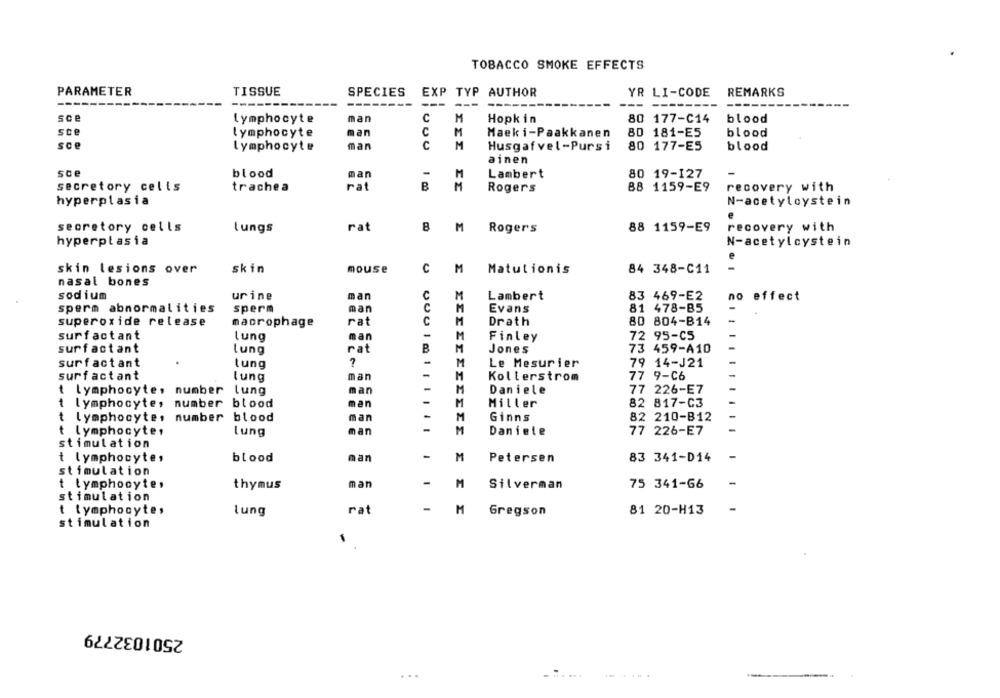
TOBACCO SMOKE EFFECTS
PARAMETER
TISSUE
SPECIES
EXP TYP AUTHOR
YR LI-CODE
REMARKS
-------
---
-- -------
---
sce
man
C
M
Hopkin
80 177-C14
blood
lymphocyte
ste
man
C
M
Maeki-Paakkanen
80 181-E5
blood
lymphocyte
sce
lymphocyte
man
C
M
Husgafvel-Pursi
80 177-ES
blood
ainen
sce
blood
man
-
M
Lambert
80 19-127
secretory cells
trachea
rat
B
M
Rogers
88 1159-E9
recovery with
hyperplasia
N-acetylcystein
secretory cells
lungs
rat
8
M
Rogers
88 1159-E9
recovery with
hyperplasia
N-acetylcystein
skin lesions over
skin
mouse
C
M
Matutionis
84 348-C11
nasal bones
sodium
urine
man
C
M
Lambert
83 469-E2
no effect
sperm abnormalities
sperm
man
Evans
81 478-85
superoxide release
C
Drath
80 804-B14
-
macrophage
rat
man
-
surfactant
lung
Finley
72 95-C5
surfactant
rat
B
Jones
73 459-A10
tung
surfactant
Le Mesurier
79 14-J21
lung
-
surfactant
man
Kollerstrom
77 9-C6
lung
t lymphocyte, number lung
san
Daniele
77 226-E7
t lymphocyte,
number blood
man
M
Miller
82 817-C3
t lymphocyte, number blood
man
M
Ginns
82 210-B12
t lymphocytes
lung
man
Daniele
77 226-E7
stimulation
t lymphocyte,
blood
man
-
M
Petersen
83 341-D14
-
stimulation
-
t lymphocyte.
thymus
man
M
Silverman
75 341-66
-
stimulation
-
t lymphocyte,
lung
rat
M
Gregson
81 20-H13
stimulation
1
2501032779